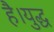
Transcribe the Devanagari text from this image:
है।युद्ध